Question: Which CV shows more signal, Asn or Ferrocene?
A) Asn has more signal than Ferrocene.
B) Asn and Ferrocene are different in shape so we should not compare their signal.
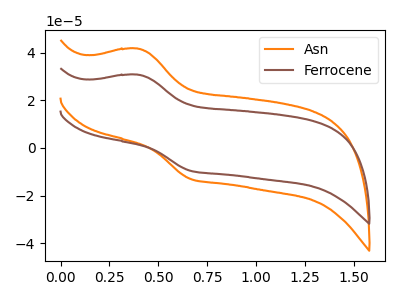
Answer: <think>The orange curve "Asn" has an anodic peak at (0.40V, 41.70uA) and a cathodic peak at (0.65V, -13.00uA). The brown curve "Ferrocene" has an anodic peak at (0.40V, 30.75uA) and a cathodic peak at (0.65V, -9.60uA).
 All the peaks in "Asn" have a peak in "Ferrocene" at the same potential. Every peak in "Asn" is higher than every peak in "Ferrocene".</think>
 <answer>A) "Asn" has more signal than "Ferrocene".</answer>
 <eval>A</eval>